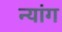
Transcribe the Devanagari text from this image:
न्यांग